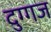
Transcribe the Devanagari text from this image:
दुग्गज